画像に写った文字を読んでください
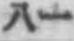
「八一」と書いてあります